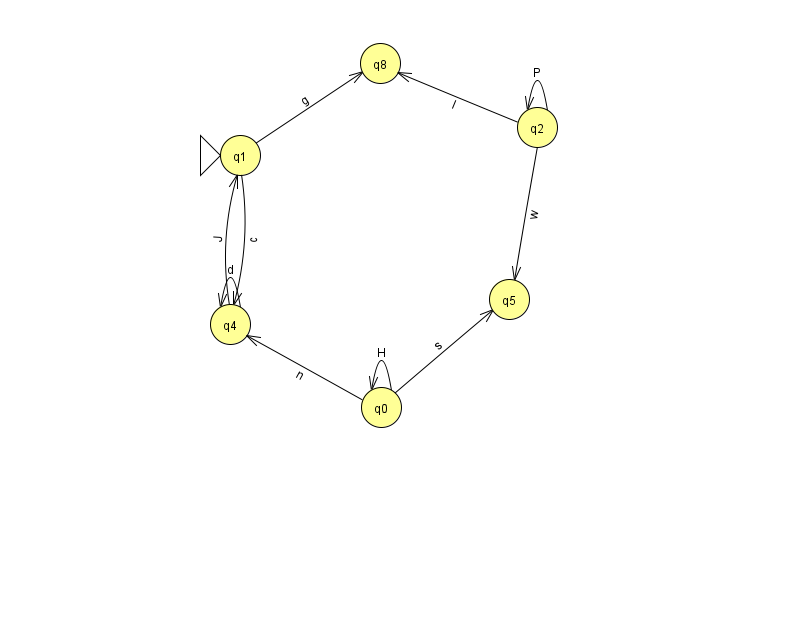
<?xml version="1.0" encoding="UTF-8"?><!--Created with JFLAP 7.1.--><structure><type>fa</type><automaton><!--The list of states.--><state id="0" name="q0"><x>381.0</x><y>394.0</y></state><state id="1" name="q1"><x>240.0</x><y>142.0</y><initial/></state><state id="2" name="q2"><x>537.0</x><y>114.0</y></state><state id="3" name="q3"><x>962.0</x><y>101.0</y></state><state id="4" name="q4"><x>230.0</x><y>311.0</y></state><state id="5" name="q5"><x>509.0</x><y>286.0</y></state><state id="7" name="q7"><x>940.0</x><y>211.0</y></state><state id="8" name="q8"><x>380.0</x><y>50.0</y></state><!--The list of transitions.--><transition><from>1</from><to>8</to><read>g</read></transition><transition><from>2</from><to>2</to><read>P</read></transition><transition><from>0</from><to>4</to><read>n</read></transition><transition><from>1</from><to>4</to><read>c</read></transition><transition><from>2</from><to>5</to><read>w</read></transition><transition><from>4</from><to>4</to><read>d</read></transition><transition><from>0</from><to>0</to><read>H</read></transition><transition><from>3</from><to>7</to><read>O</read></transition><transition><from>4</from><to>1</to><read>J</read></transition><transition><from>2</from><to>8</to><read>l</read></transition><transition><from>0</from><to>5</to><read>s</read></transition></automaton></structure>